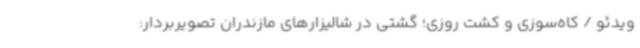
ویدئو / کاه‌سوزی و کشت روزی؛ گشتی در شالیزارهای مازندران تصویربردار:‌